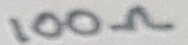
Text: 100Ω